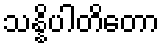
သန္နိပါတိတော